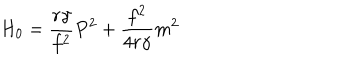
H _ { 0 } = \frac { r { \gamma } } { f ^ { 2 } } P ^ { 2 } + \frac { f ^ { 2 } } { 4 r { \gamma } } m ^ { 2 }